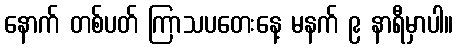
နောက် တစ်ပတ် ကြာသပတေးနေ့ မနက် ၉ နာရီမှာပါ။